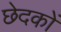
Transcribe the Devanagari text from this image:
छेदकों